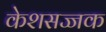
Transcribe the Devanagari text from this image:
केशसज्जक